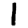
Digit: 1